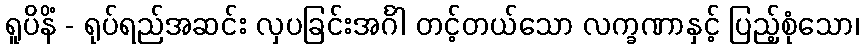
ရူပိနိံ - ရုပ်ရည်အဆင်း လှပခြင်းအင်္ဂါ တင့်တယ်သော လက္ခဏာနှင့် ပြည့်စုံသော၊